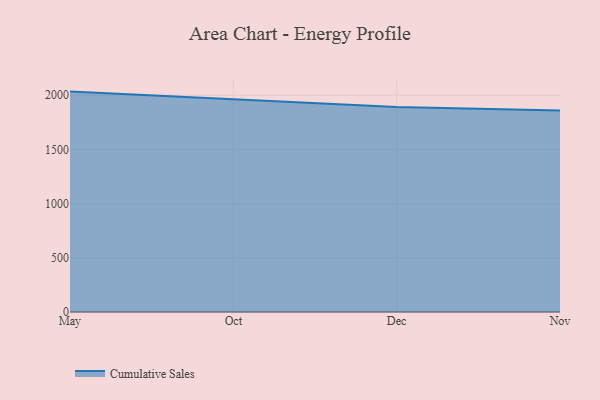
{"axis": {"x": "Month", "y": "Revenue (USD Million)"}, "legend": ["Cumulative Sales"], "data": [{"x": "May", "y": 2034.0, "type": "Cumulative Sales"}, {"x": "Oct", "y": 1961.2, "type": "Cumulative Sales"}, {"x": "Dec", "y": 1890.9, "type": "Cumulative Sales"}, {"x": "Nov", "y": 1859.7, "type": "Cumulative Sales"}]}